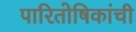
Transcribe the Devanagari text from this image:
पारितोषिकांची